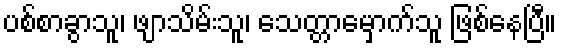
ပစ်စာခွာသူ၊ ဖျာသိမ်းသူ၊ သေတ္တာမှောက်သူ ဖြစ်နေပြီ။